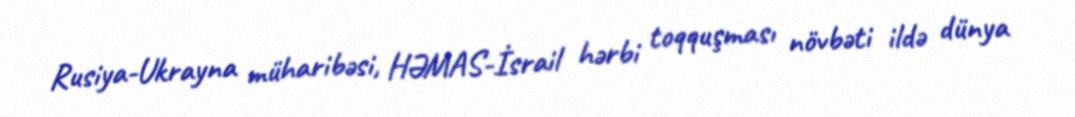
Rusiya-Ukrayna müharibəsi, HƏMAS-İsrail hərbi toqquşması növbəti ildə dünya